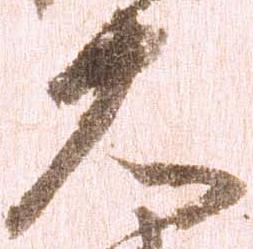
大